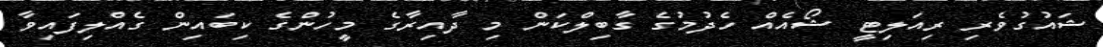
ޝައުގުވެރި ރިއަލިޓީ ޝޯއެއް ހެދުމުގެ ގާބިލްކަން މި ދާއިރާގެ މީހުންގެ ކިބައިން ގެއްލިފައިވާ